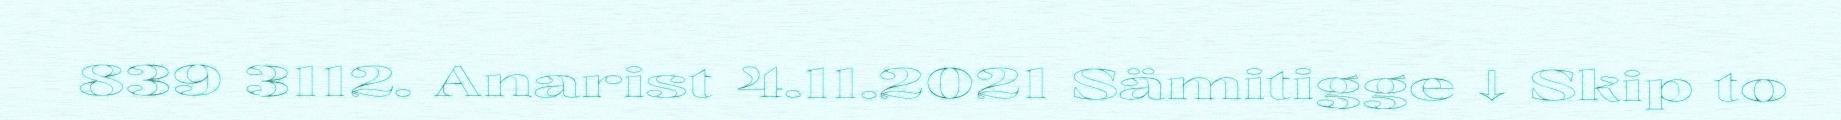
839 3112. Anarist 4.11.2021 Sämitigge ↓ Skip to